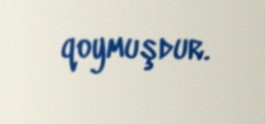
qoymuşdur.